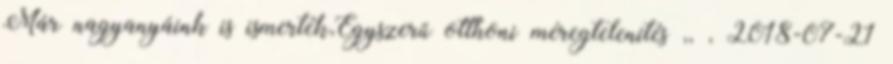
Már nagyanyáink is ismerték,Egyszerű otthoni méregtelenítés ,, , 2018-07-21